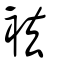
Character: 袪